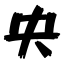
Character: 央